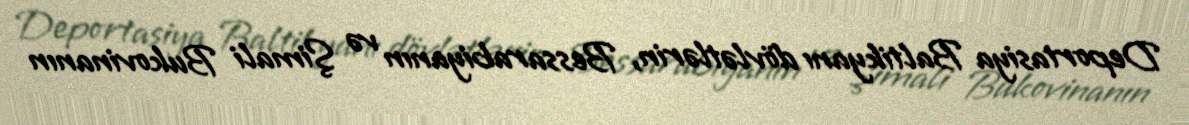
Deportasiya Baltikyanı dövlətlərin, Bessarabiyanın və Şimali Bukovinanın